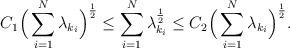
LaTeX: \begin{align*}C_{1}\Big(\sum_{i=1}^{N}\lambda _{k_{i}}\Big)^{\frac{1}{2}}\leq\sum_{i=1}^{N}\lambda _{k_{i}}^{\frac{1}{2}}\leq C_{2}\Big(\sum_{i=1}^{N}\lambda _{k_{i}}\Big)^{\frac{1}{2}}. \end{align*}